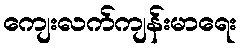
ကျေးလက်ကျန်းမာရေး